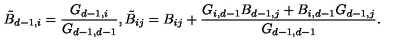
\tilde { B } _ { d - 1 , i } = \frac { G _ { d - 1 , i } } { G _ { d - 1 , d - 1 } } , \tilde { B } _ { i j } = B _ { i j } + \frac { G _ { i , d - 1 } B _ { d - 1 , j } + B _ { i , d - 1 } G _ { d - 1 , j } } { G _ { d - 1 , d - 1 } } .